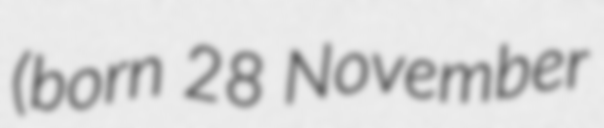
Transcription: (born 28 November